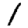
Digit: 1